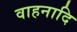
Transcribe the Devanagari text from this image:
वाहनादि